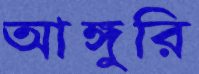
আঙ্গুরি